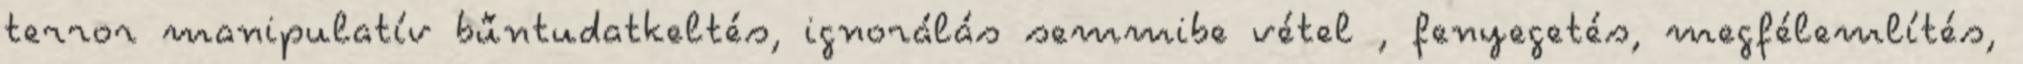
terror manipulatív bűntudatkeltés, ignorálás semmibe vétel , fenyegetés, megfélemlítés,